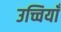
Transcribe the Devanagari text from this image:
उच्चियाँ